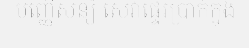
បញ្ញើសន្សំ សេវាផ្ទេរប្រាក់ក្នុង